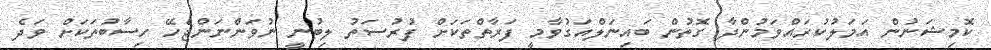
ކޮމިޝަނުން އަމަލުކުރައްވަމުންދާ ގޮތުން ބައިނަލްއަގުވާމީ ފަރާތްތަކަށް ފުރުސަތު ލިބުނީ ނުވަންނަންޖެހޭ ހިސާބުތަކަށް ވަދެ